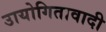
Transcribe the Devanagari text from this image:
उायोगितावादी